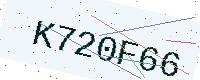
Text: K720F66